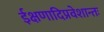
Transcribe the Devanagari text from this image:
ईक्षणादिप्रवेशान्तः